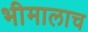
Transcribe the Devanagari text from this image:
भीमालाच